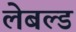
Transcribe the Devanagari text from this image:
लेबल्ड